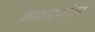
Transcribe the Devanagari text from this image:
भाकऱ्यांवर